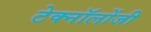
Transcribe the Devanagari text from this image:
टेक्नॉलोंजी